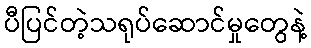
ပီပြင်တဲ့သရုပ်ဆောင်မှုတွေနဲ့